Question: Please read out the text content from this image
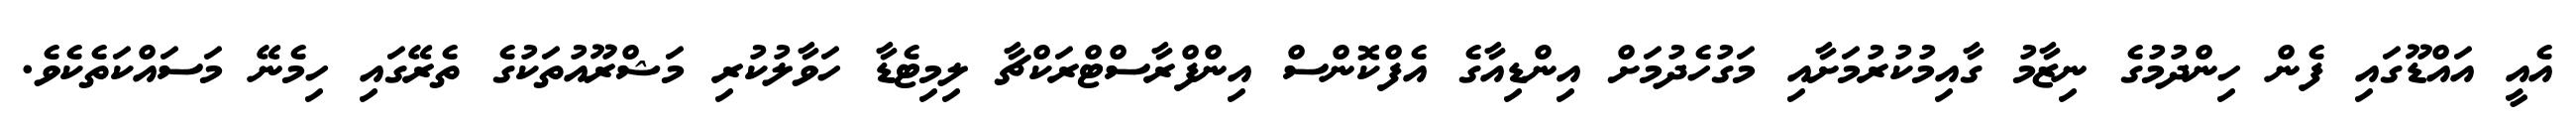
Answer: އެއީ އައްޑޫގައި ފެން ހިންދުމުގެ ނިޒާމު ގާއިމުކުރުމަށާއި މަގުހެދުމަށް އިންޑިއާގެ އެފްކޮންސް އިންފްރާސްޓްރަކްޗާ ލިމިޓެޑާ ހަވާލުކުރި މަޝްރޫއުތަކުގެ ތެރޭގައި ހިމެނޭ މަސައްކަތެކެވެ.